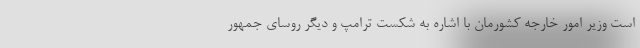
است وزیر امور خارجه کشورمان با اشاره به شکست ترامپ و دیگر روسای جمهور